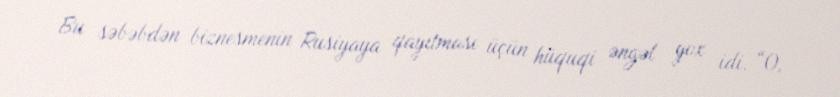
Bu səbəbdən biznesmenin Rusiyaya qayıtması üçün hüquqi əngəl yox idi. “O,